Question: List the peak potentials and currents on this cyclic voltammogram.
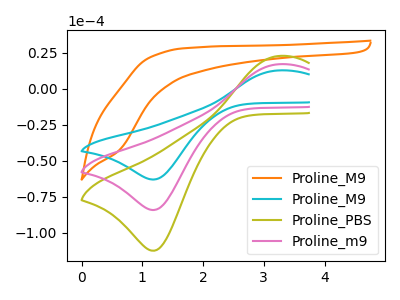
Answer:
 <answer>The orange curve "Proline_M9" has no peaks. The cyan curve "Proline_M9" has an anodic peak at (3.25V, 12.75uA) and a cathodic peak at (1.20V, -63.00uA). The olive curve "Proline_PBS" has an anodic peak at (3.25V, 34.05uA) and a cathodic peak at (1.20V, -168.35uA). The pink curve "Proline_m9" has an anodic peak at (3.25V, 17.05uA) and a cathodic peak at (1.20V, -84.15uA).</answer>
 <eval></eval>